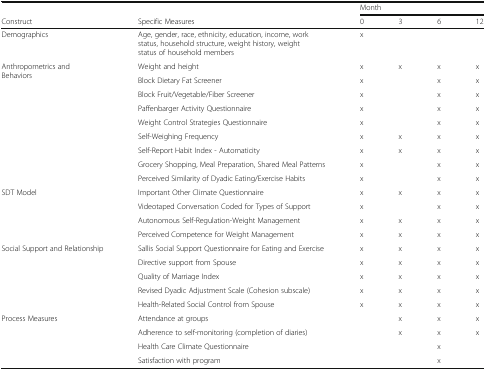
|  |  | <COLSPAN=4> Month |
 | Construct | Specific Measures | 0 | 3 | 6 | 12 |
 | --- | --- | --- | --- | --- | --- |
 | Demographics | Age, gender, race, ethnicity, education, income, work status, household structure, weight history, weight status of household members | x |  |  |  |
 | <ROWSPAN=9> Anthropometrics and Behaviors | Weight and height | x | x | x | x |
 | Block Dietary Fat Screener | x |  | x | x |
 | Block Fruit/Vegetable/Fiber Screener | x |  | x | x |
 | Paffenbarger Activity Questionnaire | x |  | x | x |
 | Weight Control Strategies Questionnaire | x |  | x | x |
 | Self-Weighing Frequency | x | x | x | x |
 | Self-Report Habit Index - Automaticity | x | x | x | x |
 | Grocery Shopping, Meal Preparation, Shared Meal Patterns | x |  | x | x |
 | Perceived Similarity of Dyadic Eating/Exercise Habits | x |  | x | x |
 | <ROWSPAN=4> SDT Model | Important Other Climate Questionnaire | x | x | x | x |
 | Videotaped Conversation Coded for Types of Support | x |  | x | x |
 | Autonomous Self-Regulation-Weight Management | x | x | x | x |
 | Perceived Competence for Weight Management | x | x | x | x |
 | <ROWSPAN=5> Social Support and Relationship | Sallis Social Support Questionnaire for Eating and Exercise | x | x | x | x |
 | Directive support from Spouse | x | x | x | x |
 | Quality of Marriage Index | x | x | x | x |
 | Revised Dyadic Adjustment Scale (Cohesion subscale) | x | x | x | x |
 | Health-Related Social Control from Spouse | x | x | x | x |
 | <ROWSPAN=4> Process Measures | Attendance at groups |  | x | x | x |
 | Adherence to self-monitoring (completion of diaries) |  | x | x | x |
 | Health Care Climate Questionnaire |  |  | x |  |
 | Satisfaction with program |  |  | x |  |